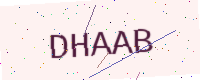
Text: DHAAB